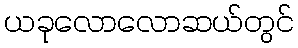
ယခုလောလောဆယ်တွင်